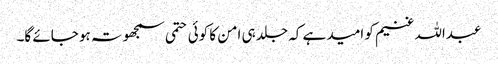
عبداللہ غنیم کو امید ہے کہ جلد ہی امن کا کوئی حتمی سمجھوتہ ہو جائے گا۔